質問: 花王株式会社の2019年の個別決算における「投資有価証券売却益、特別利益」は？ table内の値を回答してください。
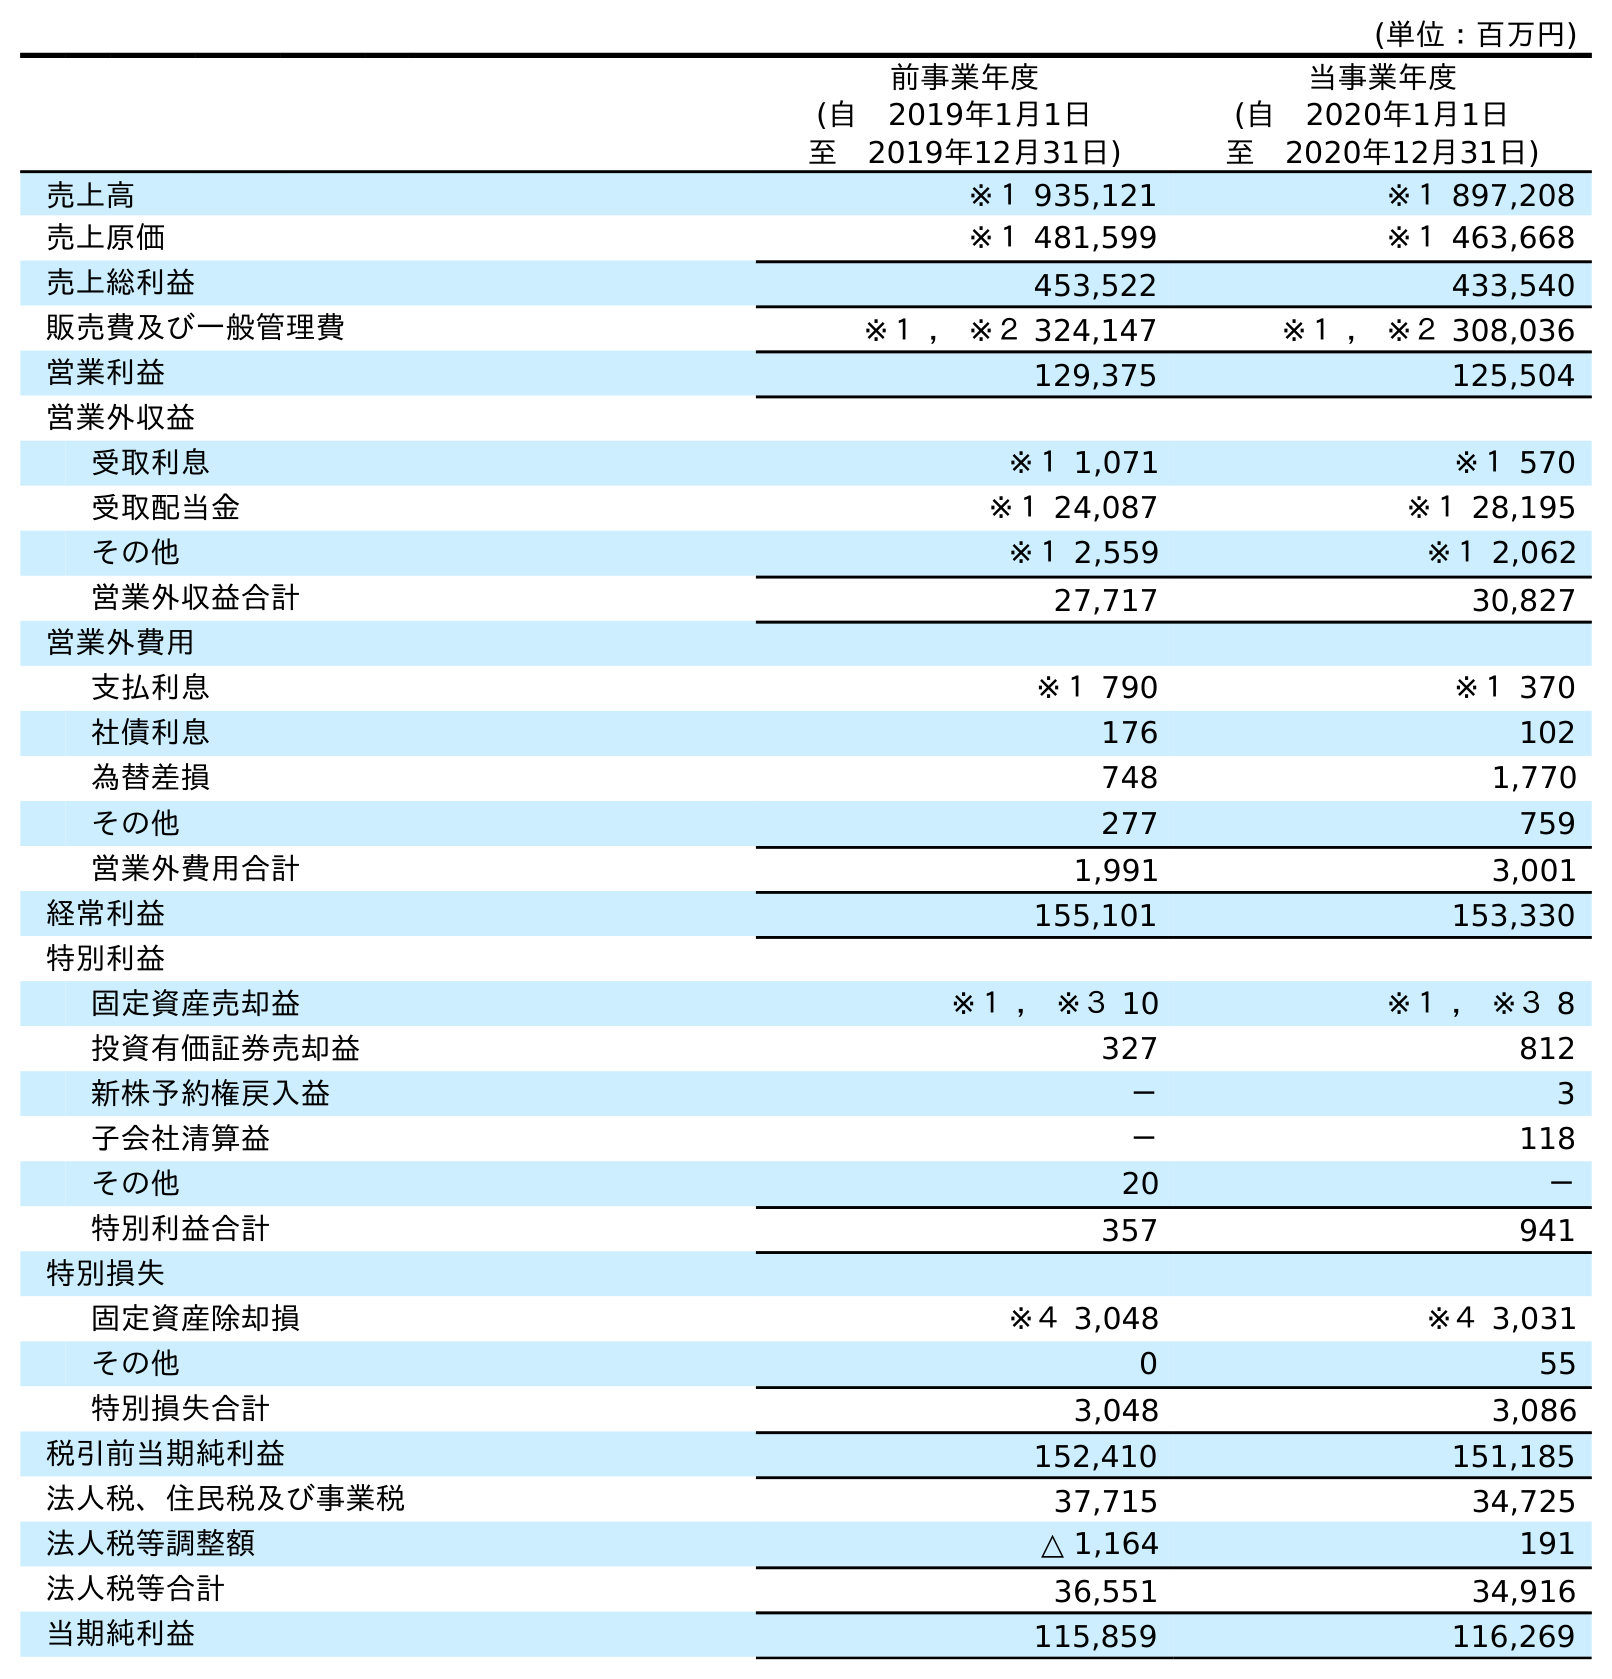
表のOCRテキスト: (単位：百万円) 前事業年度 (自 2019年1月1日 至 2019年12月31日) 当事業年度 (自 2020年1月1日 至 2020年12月31日) 売上高 ※１ 935,121 ※１ 897,208 売上原価 ※１ 481,599 ※１ 463,668 売上総利益 453,522 433,540 販売費及び一般管理費 ※１ ， ※２ 324,147 ※１ ， ※２ 308,036 営業利益 129,375 125,504 営業外収益 受取利息 ※１ 1,071 ※１ 570 受取配当金 ※１ 24,087 ※１ 28,195 その他 ※１ 2,559 ※１ 2,062 営業外収益合計 27,717 30,827 営業外費用 支払利息 ※１ 790 ※１ 370 社債利息 176 102 為替差損 748 1,770 その他 277 759 営業外費用合計 1,991 3,001 経常利益 155,101 153,330 特別利益 固定資産売却益 ※１ ， ※３ 10 ※１ ， ※３ 8 投資有価証券売却益 327 812 新株予約権戻入益 － 3 子会社清算益 － 118 その他 20 － 特別利益合計 357 941 特別損失 固定資産除却損 ※４ 3,048 ※４ 3,031 その他 0 55 特別損失合計 3,048 3,086 税引前当期純利益 152,410 151,185 法人税、住民税及び事業税 37,715 34,725 法人税等調整額 △ 1,164 191 法人税等合計 36,551 34,916 当期純利益 115,859 116,269
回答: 327